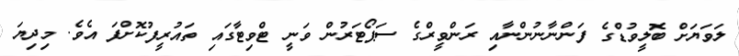
ލަވަޔަށް ބޮލީވުޑްގެ ފަންނާނުންނާއި ރަންވީރްގެ ސަޕޯޓަރުން ވަނީ ޓްވިޓާގައި ތައުރީފުކޮށްފަ އެވެ. މިދިޔަ